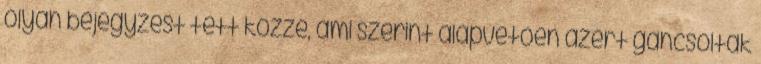
olyan bejegyzést tett közzé, ami szerint alapvetően azért gáncsolták